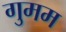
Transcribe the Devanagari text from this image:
गुमम